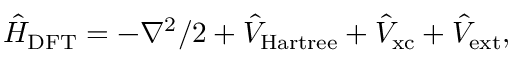
\hat { H } _ { \mathrm { D F T } } = - \nabla ^ { 2 } / 2 + \hat { V } _ { \mathrm { H a r t r e e } } + \hat { V } _ { \mathrm { x c } } + \hat { V } _ { \mathrm { e x t } } ,